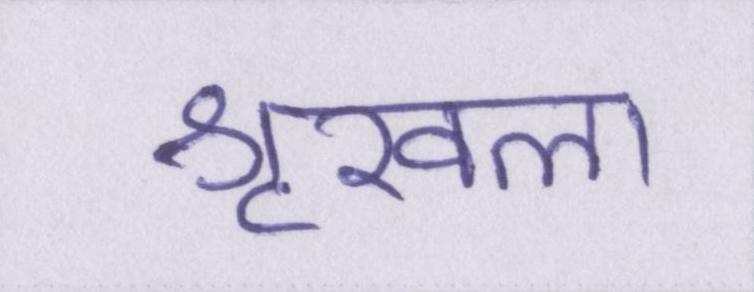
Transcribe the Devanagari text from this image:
शृखला